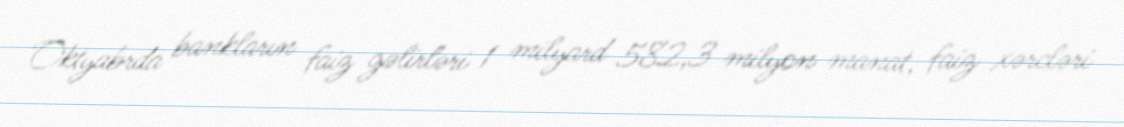
Oktyabrda bankların faiz gəlirləri 1 milyard 582,3 milyon manat, faiz xərcləri